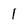
Character: 1